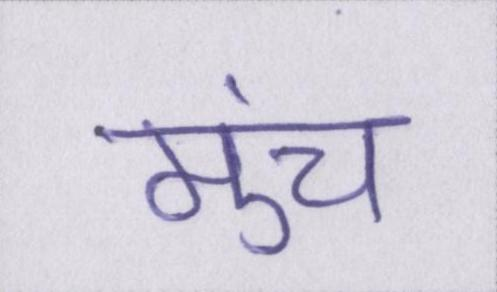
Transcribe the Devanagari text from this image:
मुंच